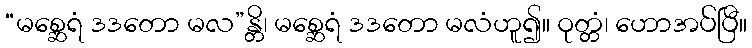
“မစ္ဆေရံ ဒဒတော မလ”န္တိ၊ မစ္ဆေရံ ဒဒတော မလံဟူ၍။ ဝုတ္တံ၊ ဟောအပ်ပြီ။